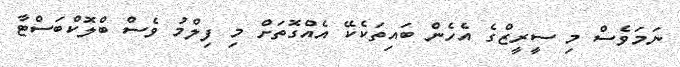
ނަމަވެސް މި ސީރީޒްގެ އެހެން ބައިތަކެކޭ އެއްގޮތަށް މި ފިލްމު ވެސް ބްލޮކްބަސްޓާ